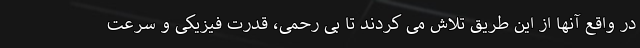
در واقع آنها از این طریق تلاش می کردند تا بی رحمی، قدرت فیزیکی و سرعت